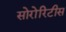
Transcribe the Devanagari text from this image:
सोरोरिटीस